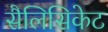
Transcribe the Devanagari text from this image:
सैलिसिकेट